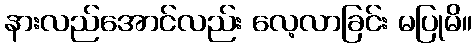
နားလည်အောင်လည်း လေ့လာခြင်း မပြုမိ။